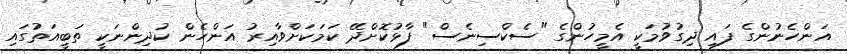
އަންހެނުންގެ ފައި ދިގުވުމަކީ އެމީހުންގެ "ސެކްސިނެސް" ފާޅުކޮށްދޭ ކަމަކަށްވާއިރު އަންހެން ކުދިންނަކީ ތަބީއަތުގައި